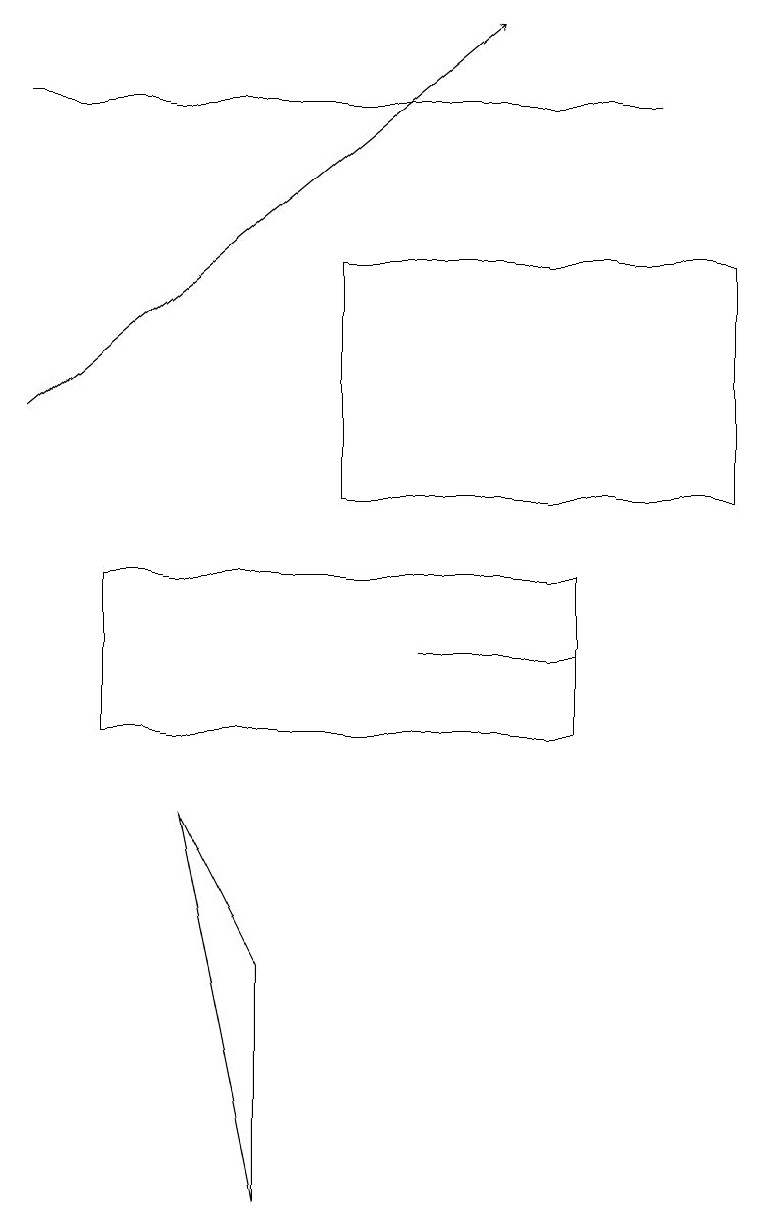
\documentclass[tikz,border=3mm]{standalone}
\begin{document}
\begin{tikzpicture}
\draw (9,16) rectangle (4,13);
\draw (5,11) rectangle (7,11);
\draw (8,18) rectangle (0,18);
\draw (7,12) rectangle (1,10);
\draw (3,7) -- (2,9) -- (3,4) -- cycle;
\draw[->] (0,14) -- (6,19);
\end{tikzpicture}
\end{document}